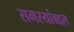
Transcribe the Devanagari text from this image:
समस्यांबद्दल